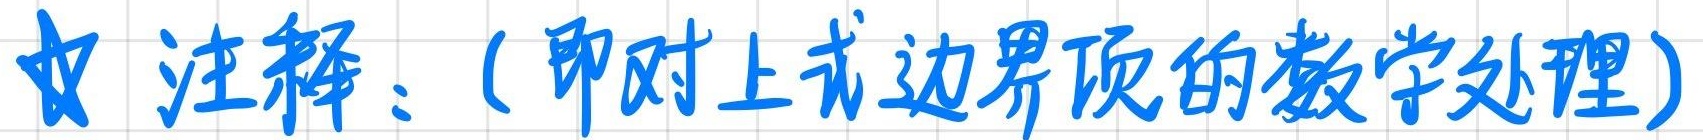
注释：（即对上式边界项的数学处理）